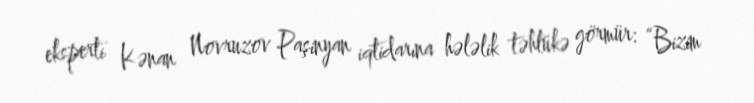
eksperti Kənan Novruzov Paşinyan iqtidarına hələlik təhlükə görmür: “Bizim